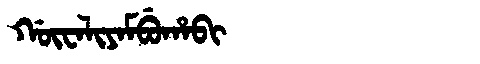
Manchu: ᡤᡡᠸᠠᠯᡳᠶᠠᠮᠪᡠᡥᠠᠪᡳ
Romanization: GŪWALIYAMBUHABI